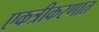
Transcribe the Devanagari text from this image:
एकत्रीकरणात